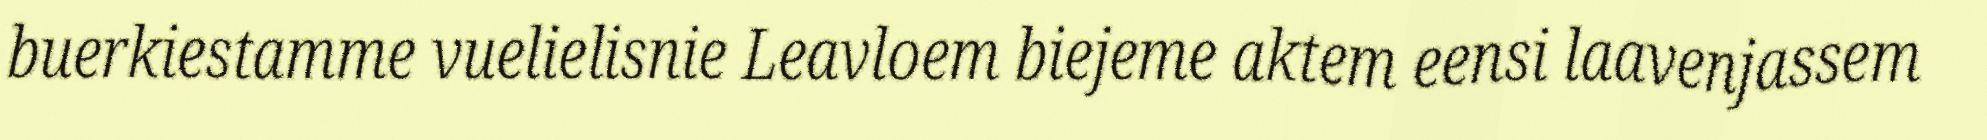
buerkiestamme vuelielisnie Leavloem biejeme aktem eensi laavenjassem